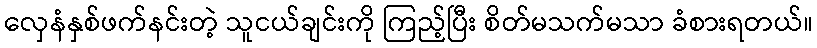
လှေနံနှစ်ဖက်နင်းတဲ့ သူငယ်ချင်းကို ကြည့်ပြီး စိတ်မသက်မသာ ခံစားရတယ်။